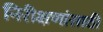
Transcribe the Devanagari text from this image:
निरीक्षणांसाठी